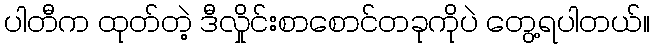
ပါတီက ထုတ်တဲ့ ဒီလှိုင်းစာစောင်တခုကိုပဲ တွေ့ရပါတယ်။